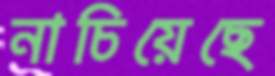
নাচিয়েছে